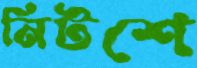
নিটশে